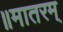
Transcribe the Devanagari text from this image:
॥मातरम्